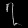
Digit: ၇